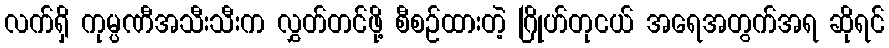
လက်ရှိ ကုမ္ပဏီအသီးသီးက လွှတ်တင်ဖို့ စီစဉ်ထားတဲ့ ဂြိုဟ်တုငယ် အရေအတွက်အရ ဆိုရင်